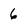
Character: 6